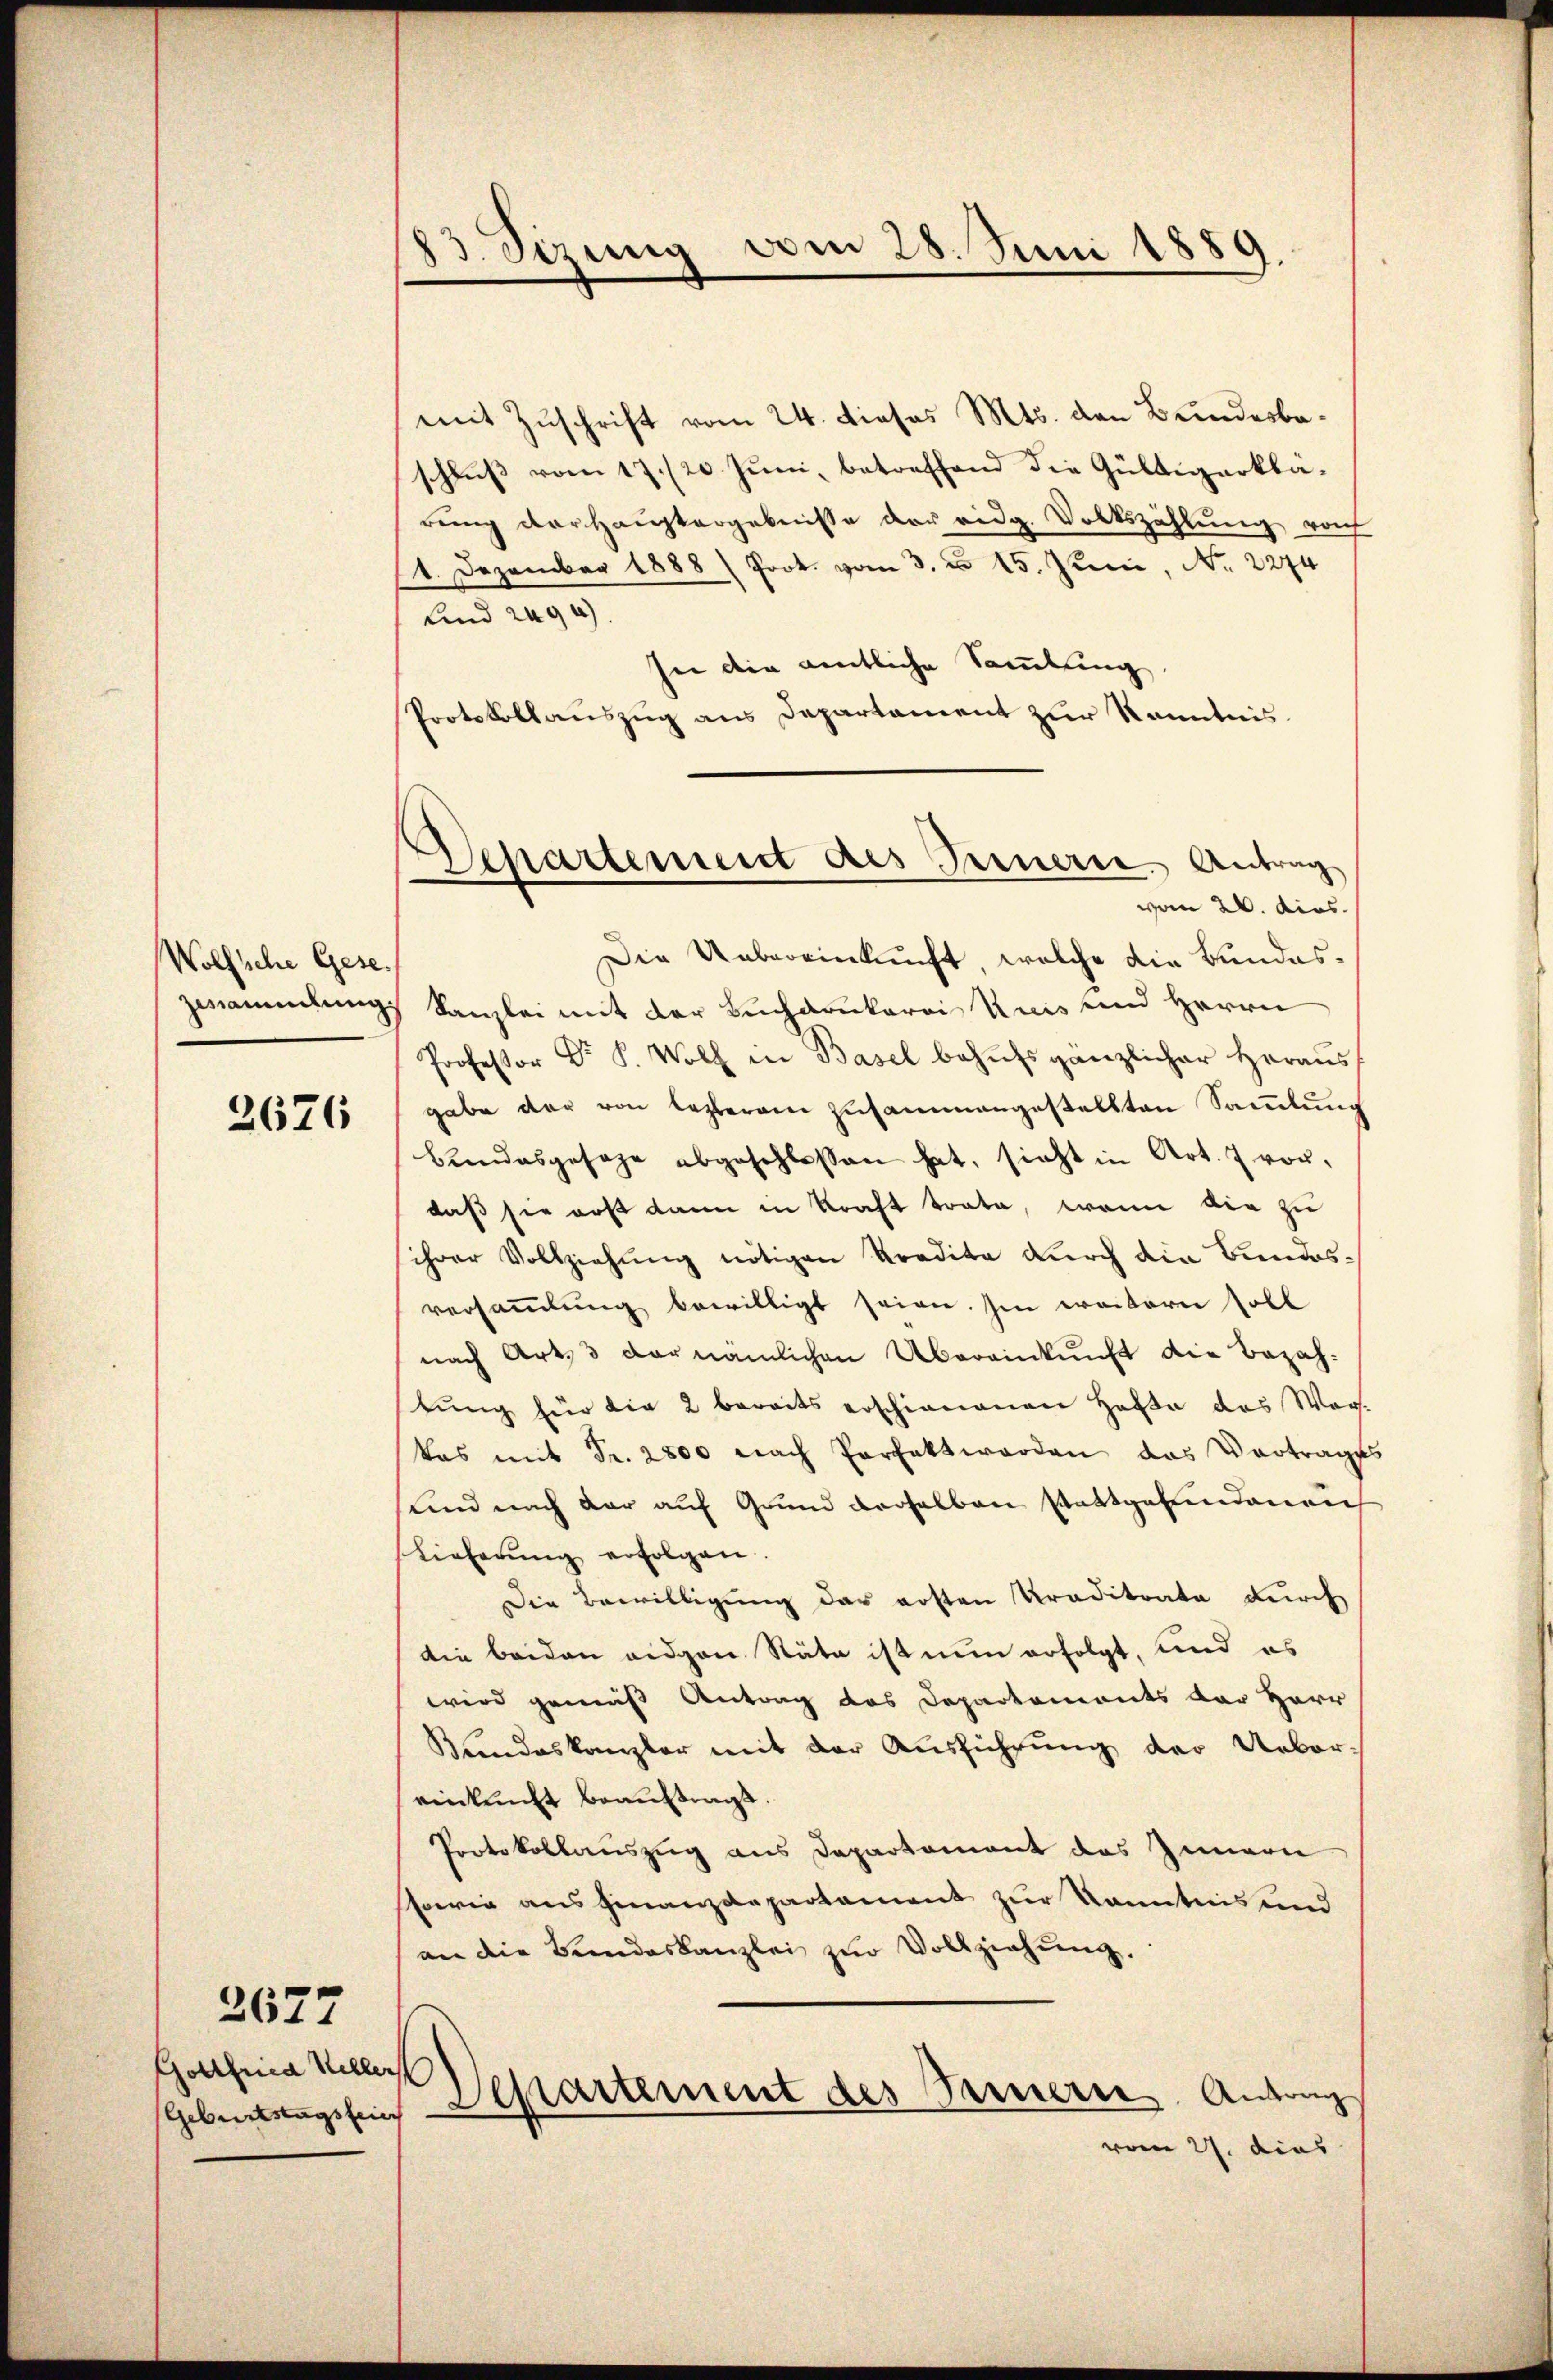
Wolfsche Gese
zesammlung.

2626

2677

Gottfrica Viller
Geburtstagsfein

13. Sizung am 28. Juni 1889.

Separtement des Fernerie. Antrag

mit Zuschrift vom 24. Dieses Mts. den Bundesbeschluß vom 17./20. Juni, betreffend die Gültigerklarung der Hauptergebnisse der eidg. Volkszählung rech
1. Dezember 1888 (Prok. vom 3. d. 15. Juni, No. 2274
Und 2094)
Iei die amtliche Sammlung
Protokollauszug aus Departament zur Kenntnis.
vom 26. dies
Die Uebereinkunft, welche die Bundes¬
Kanzlei mit der Buchdrukerei Kuis und Herrn
Professor Dr. P. Wolf in Basel behŭfs gänzlicher heraus
gabe der von lezterem zusammengestellten Sammlung
bundesgesage abgeschlossen hat, sieht in Art. 7 vordaß sie erst dann in Kraft trate, wenn die zu
ihrer Vollziehung nötigen Kredita durch die Bundesversaṁlŭng bewilligt seien. Im weitern soll
nach Art. 3 der nämlichen Übereinkunft die Bezahtung für die 2 bereits erschienenen Hefte das Warkas mit Fr. 2800 nach Perfekt worden das Vortrages
Und nach der auf Grund derselben stattgefundenen
Lieferŭng erfolgen.
Die Bewilligung das ersten Praditate durch
die beiden eidgen Stäte ist nun erfolgt, und es
wird gemäß Antrag das Departements der Herr
Bundeskanzler mit der Ausführung der Uebereinkunft beauftrags.
Protokollauszug aus Departement des Innern
sowie aus Finanzdepartement zur Kenntnis und
an die Bundeskanzlei zŭr Vollziehung.
Departement des Fernere Anlang
vom 27. dies